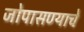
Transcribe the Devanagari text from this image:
जोपासण्याचे